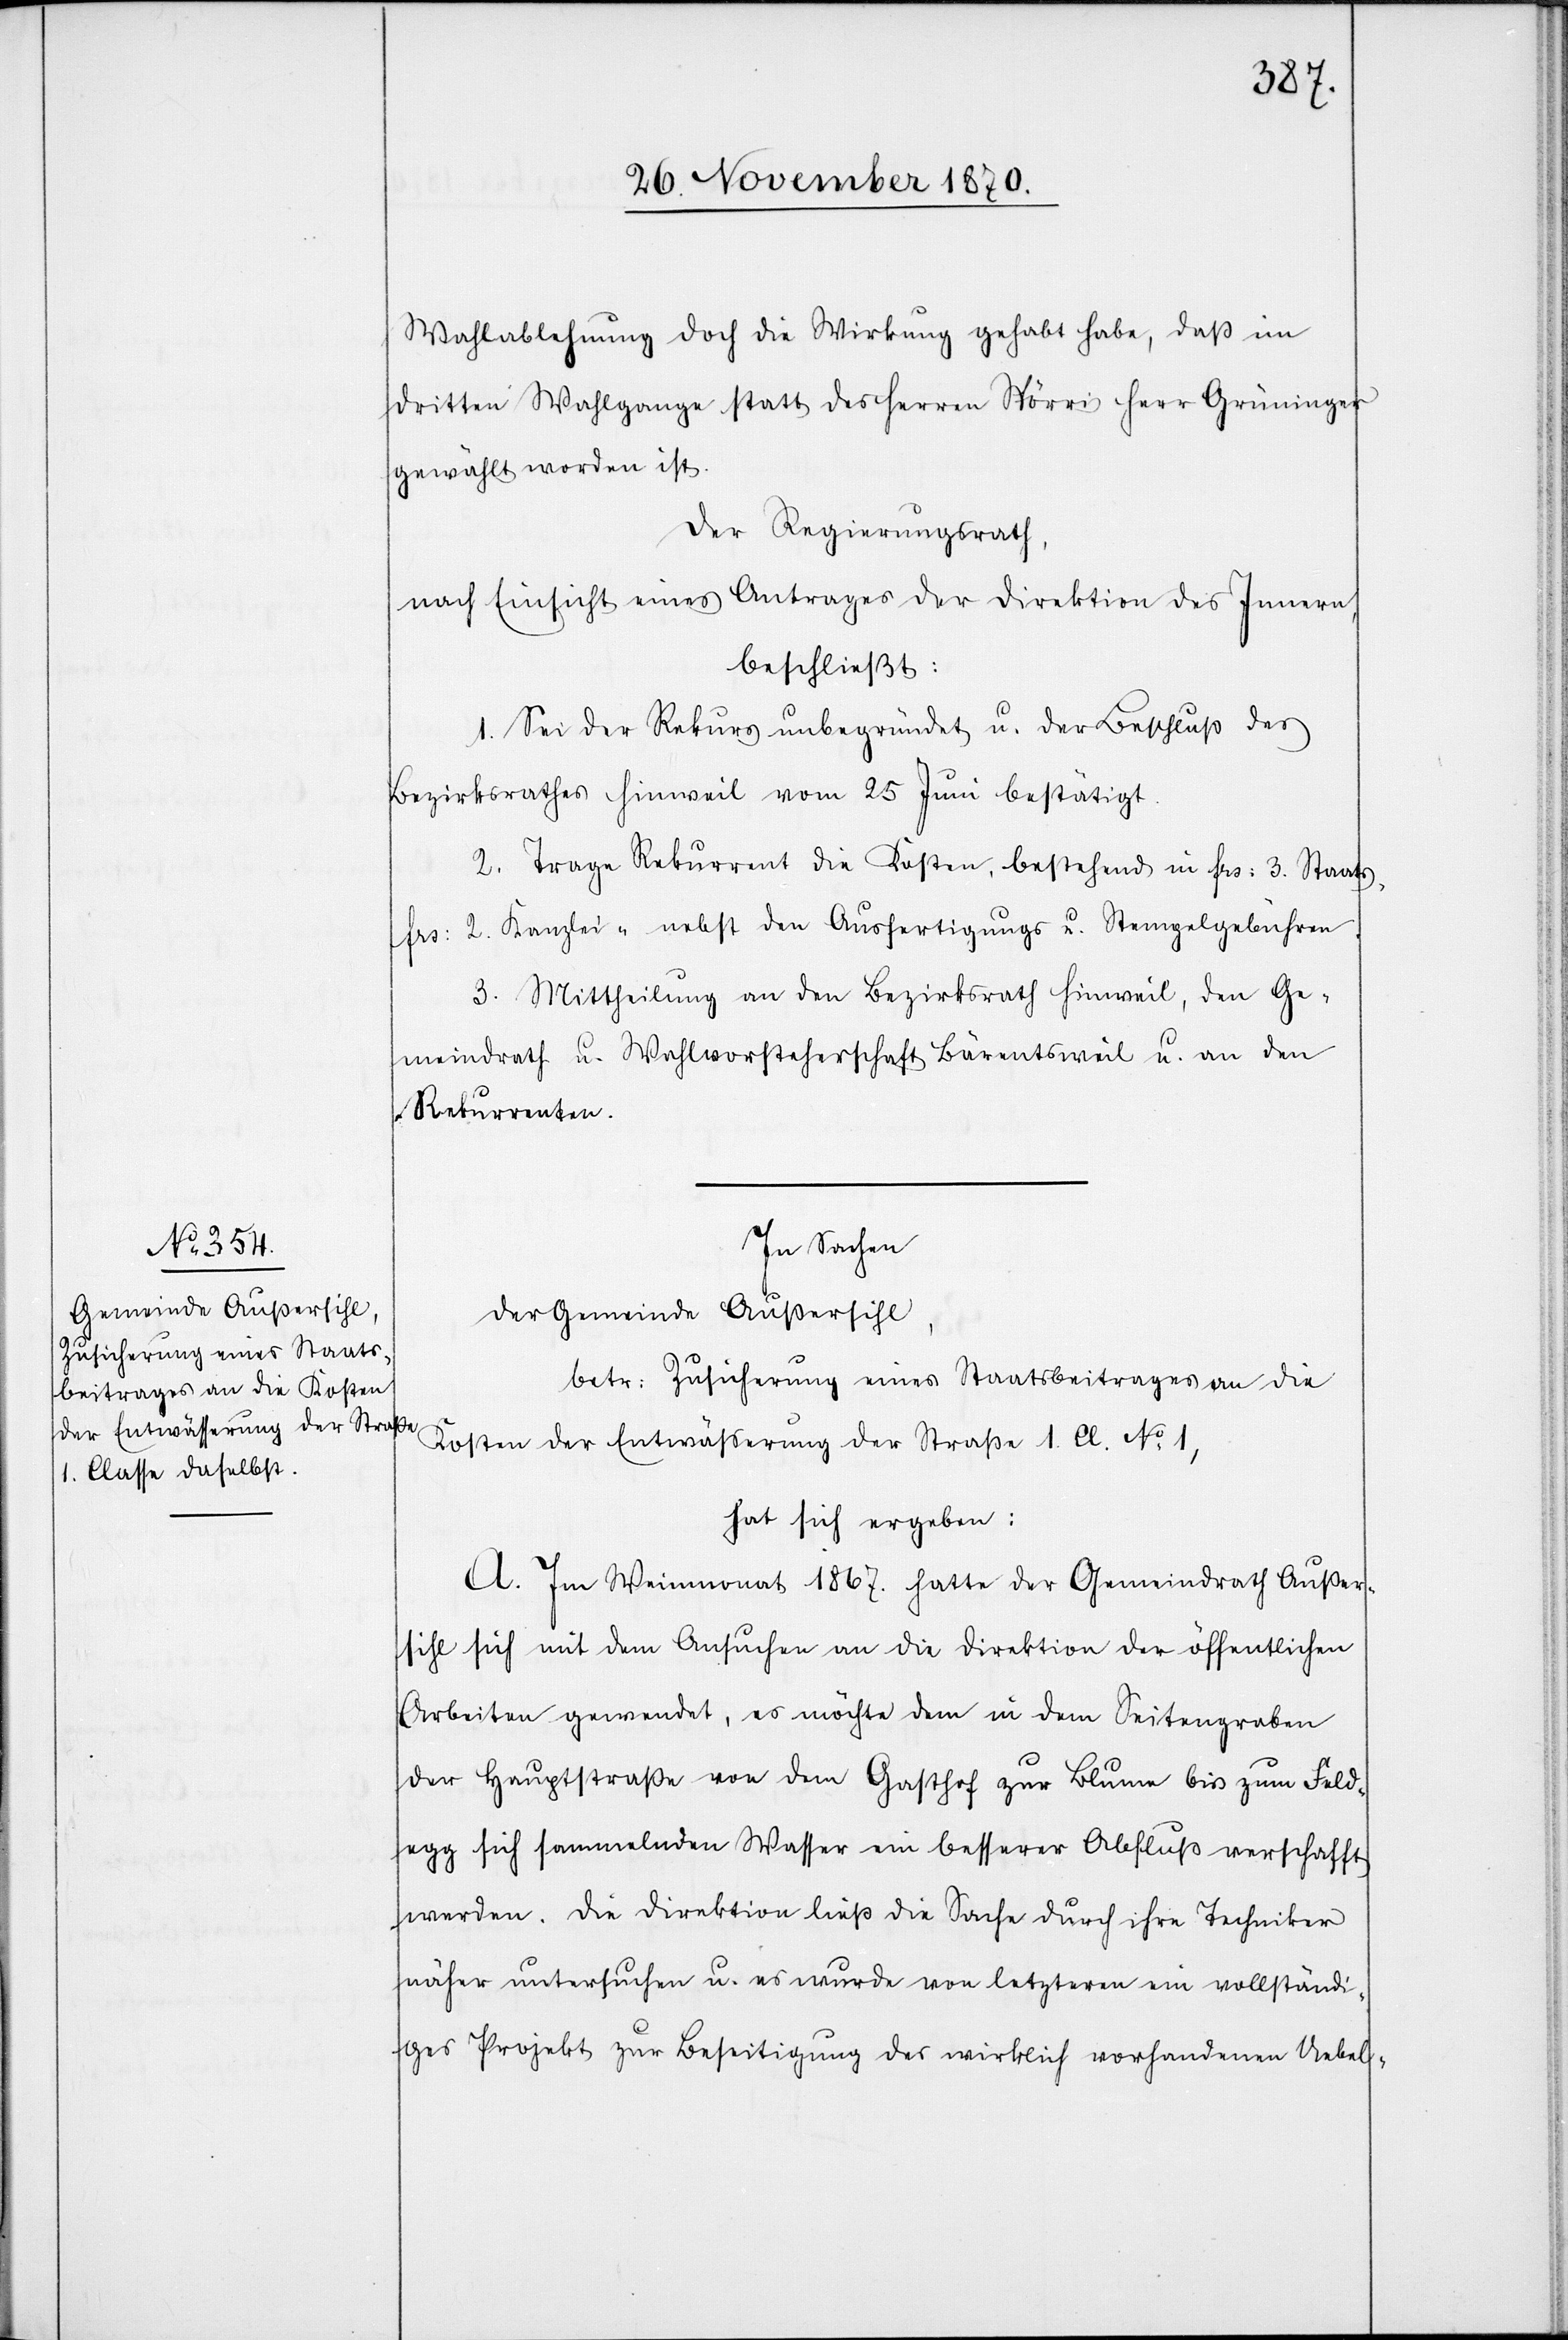
Wahlablehnung doch die Wirkung gehabt habe, daß im
dritten Wahlgange statt des Herren Spörri Herr Grüninger
gewählt worden ist.
Der Regierungsrath,
nach Einsicht eines Antrages der Direktion des Innern,
beschließt:
1. Sei der Rekurs unbegründet u. der Beschluß des
Bezirksrathes Hinweil vom 25 Juni bestätigt.
2. Trage Rekurrent die Kosten, bestehend in Frs: 3. Staats,
Frs: 2. Kanzlei- nebst den Ausfertigungs u. Stempelgebühren.
3. Mittheilung an den Bezirksrath Hinweil, den Ge¬
meindrath u. Wahlvorsteherschaft Bärentsweil u. an den
Rekurrenten.
In Sachen
der Gemeinde Außersihl,
betr: Zusicherung eines Staatsbeitrages an die
Kosten der Entwäßerung der Straße 1. Cl. No. 1,
hat sich ergeben:
A. Im Weinmonat 1867. hatte der Gemeindrath Außer¬
sihl sich mit dem Ansuchen an die Direktion der öffentlichen
Arbeiten gewendet, es möchte dem in dem Seitengraben
der Hauptstraße von dem Gasthof zur Blume bis zum Feld¬
egg sich sammelnden Wasser ein besserer Abfluß verschafft
werden. Die Direktion ließ die Sache durch ihre Techniker
näher untersuchen u. es wurde von letzteren ein vollständi¬
ges Projekt zur Beseitigung des wirklich vorhandenen Uebel-